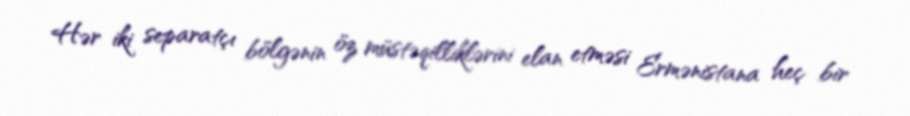
Hər iki separatçı bölgənin öz müstəqilliklərini elan etməsi Ermənistana heç bir